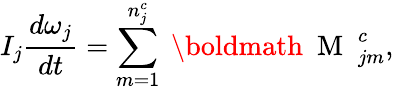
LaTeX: I_{j}\frac{d\mathbf\omega_{j}}{dt}=\sum_{m=1}^{n_{j}^{c}}\mathrm{~\boldmath~{~M~}~}_{jm}^{c},